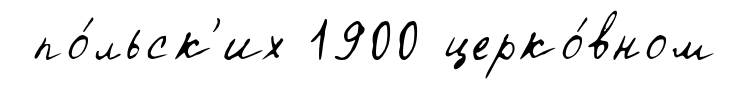
по́льск'их 1900 церко́вном